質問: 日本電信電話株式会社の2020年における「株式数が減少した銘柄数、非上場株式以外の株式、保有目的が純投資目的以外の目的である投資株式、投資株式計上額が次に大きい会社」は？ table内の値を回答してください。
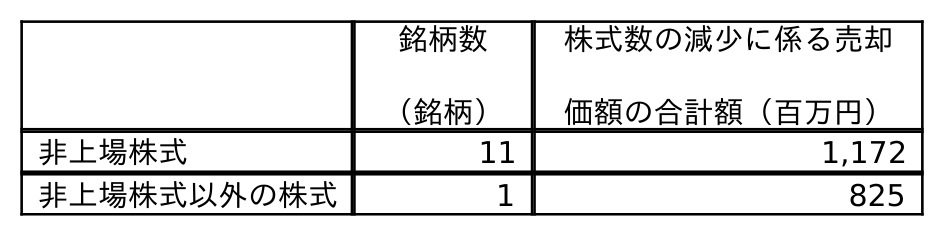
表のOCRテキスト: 銘柄数 （銘柄） 株式数の減少に係る売却 価額の合計額（百万円） 非上場株式 11 1,172 非上場株式以外の株式 1 825
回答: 1